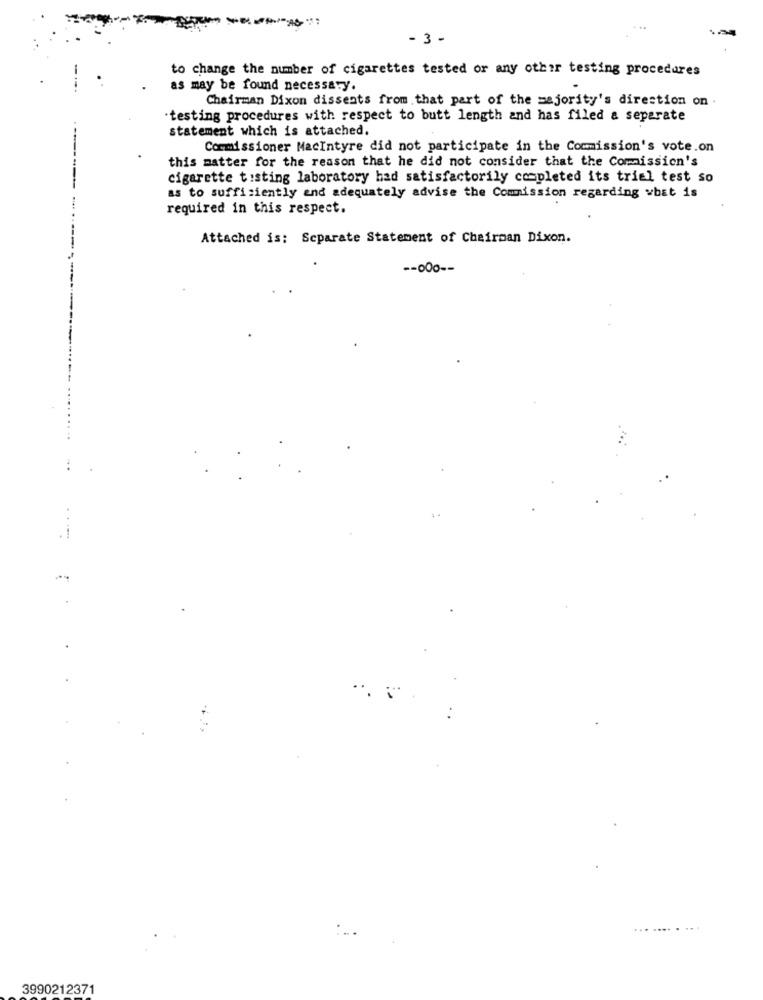
- 3 -
to change the number of cigarettes tested or any other testing procedures
as may be found necessary.
Chairman Dixon dissents from that part of the majority's direction on .
testing procedures with respect to butt length and has filed a separate
statement which is attached.
Commissioner MacIntyre did not participate in the Commission's vote.on
this matter for the reason that he did not consider that the Commission's
cigarette testing laboratory had satisfactorily completed its trial test so
-
as to sufficiently and adequately advise the Commission regarding what is
required in this respect.
Attached is: Separate Statement of Chairman Dixon.
-- 000 --
...
. .
3990212371